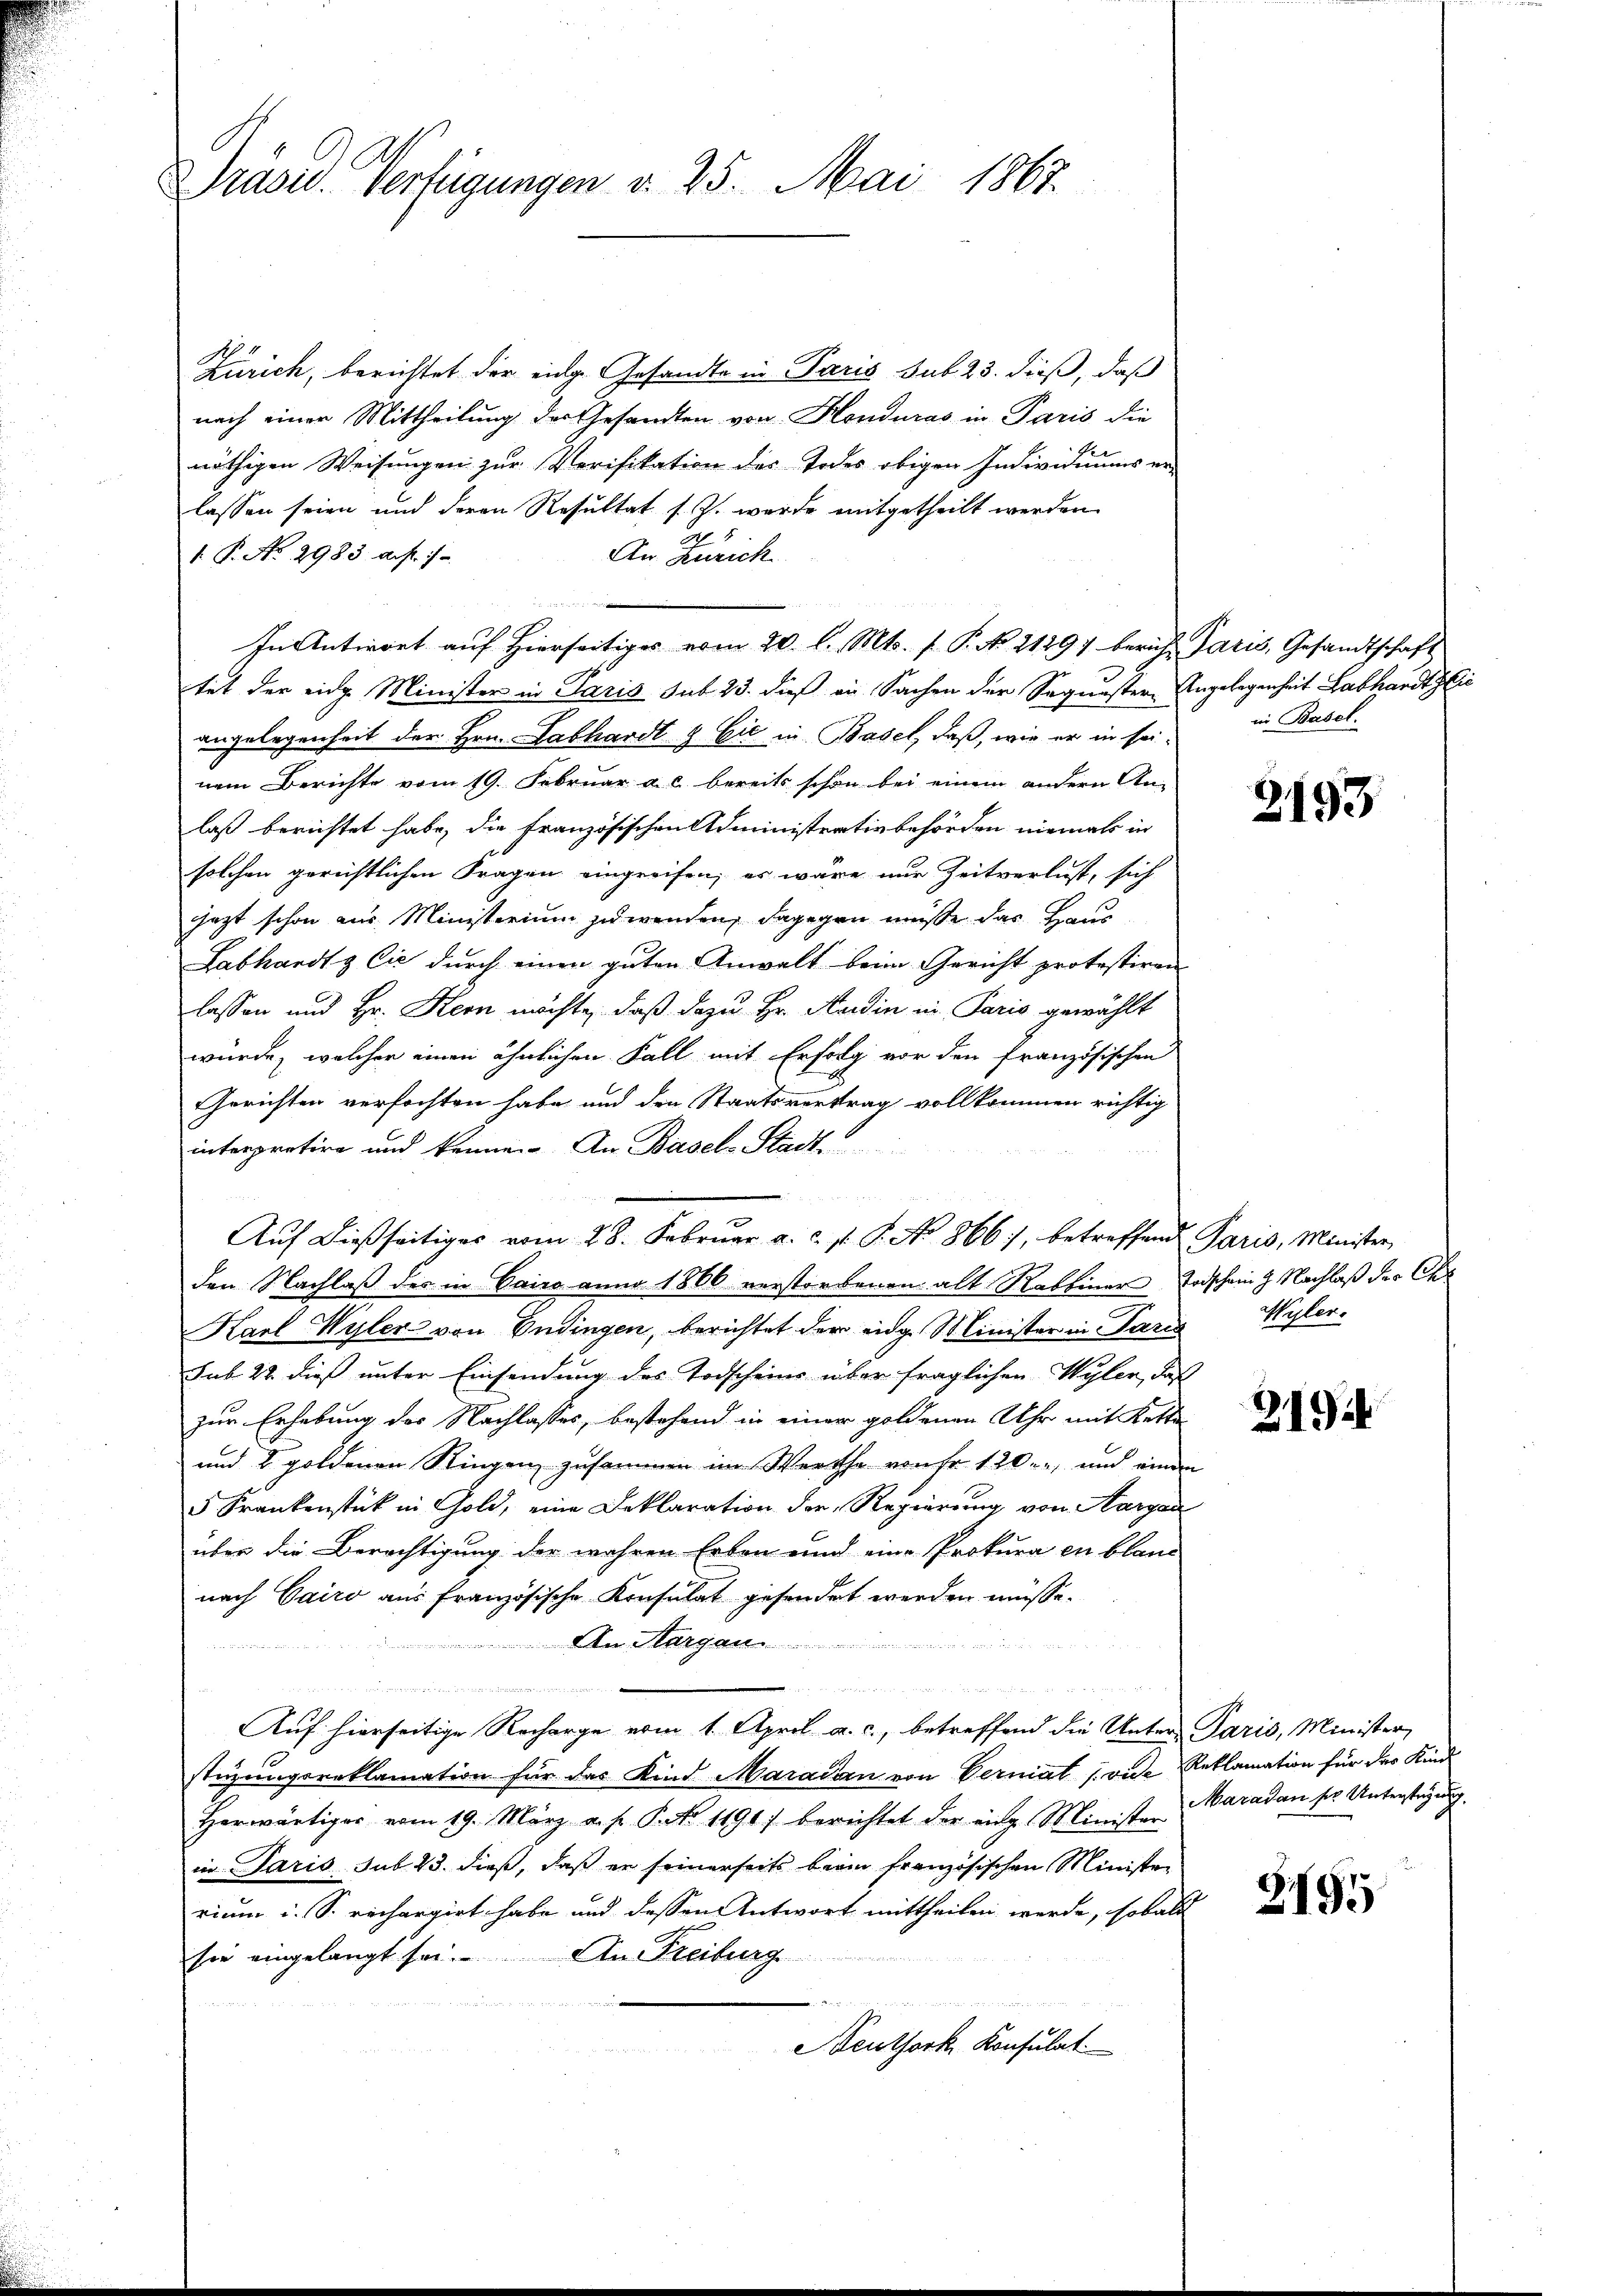
Präsid. Verfügungen v. 25. Mai 1867.

Zürich, berichtet der eidge Gesandte in Paris sub 23. dieß, daß
nach einer Mittheilung des Gesandten von Honduras in Paris die
nöthigen Weisungen zur Verifikation des Todes obigen Individiums er-
lassen seien und deren Resultat s. Z. wurde mitgetheilt werden
1. P. No. 2983 auf. 7
An Zürich.
In Antwort auf Hierseitiges vom 20. l. Mts. f. P. No. 2129) berich Paris, Gesandtschaft
tet der eine Minister in Paris sub 23. dieß an Sachen der Sequester Angelegenheit Labhardt lie
angelegenheit der Hrn. Labhardt & Cie in Basel, daß, wie er in sei in Basel.
nem Berichte vom 19. Februar a. c. bereits schon bei einem andern An-
laß berichtet habe, die französischen Administrativbehörden niemals in
solchen gerichtlichen Fragen eingreifen, er wäre nur Zeitverlust, sich
jezt schon aus Ministerium zu wenden, dagegen müsse das Haus
Labhardt & Cie durch einen guten Anwalt beim Gericht protestiren
lassen und Hr. Kern möchte, daß dazu Hr. Ausdin in Paris gewählt
würde, welcher einen ähnlichen Fall mit Erfolg vor den französischen
Gerichten verfochten habe und den Staatsvertrag vollkommen richtig
interpretire und könne. An Basel-Stadt
e
Auf dießseitiges vom 28. Februar a. c. s. P. No 866), betreffen
den Nachlaß des in Cairo anno 1800 verstorbenen alt Rabbinar
Karl Wyler von Endingen, berichtet der eidg. Minister in Paris Wyler-
sub 22. dieß unter Einsendung des Todscheins über fraglichen Wyler, da
zur Erhebung des Nachlasses, bestehend in einer goldenen Uhr mit Ket
und 2 goldenen Ringen zusammen im Werthe von fr. 120, und eine
5 Frankenstück in Gold, eine Deklaration der Regierŭng von Aarga
über die Berechtigung der wahren Erben und eine Prokura in blau
nach Cairo aus französische Konsulat gesendet werden müsse.
u
An Margau

in 2 S.

Auf hierseitige Recharge vom 1. April a. c., betreffend die Unter Paris, Minister,
1
stüzeingeraklamation für das Kind Maraden von Verniat (vide Reklamation für der Kind
Herwärtiges vom 19. März a. p. P. Nr. 11907 berichtet der ange Minister Maradau ser Unterstagung.
in Paris sub 23. dieß, daß er seinerseits beim französischen Ministen
rium i. S. rechargirt habe und dessen Antwort mittheilen werde, sobal
sie eingelangt sei. An Freiburg
d
Beuthork, Konsulat

2193

d. Paris, Minister
Todschein g. Nachlaß der Chr

219

ch

Z.195